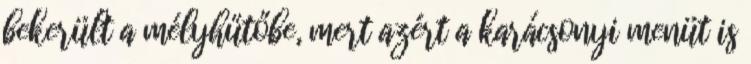
bekerült a mélyhűtőbe, mert azért a karácsonyi menüt is